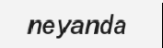
neyanda